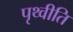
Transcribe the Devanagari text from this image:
पृथ्वीति